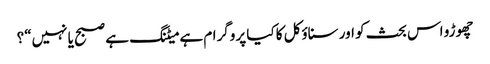
چھوڑو اس بحث کو اور سناؤکل کا کیا پروگرام ہے میٹنگ ہے صبح یا نہیں“؟